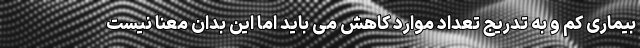
بیماری کم و به تدریج تعداد موارد کاهش می باید اما این بدان معنا نیست